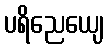
ပရိညေယျေ